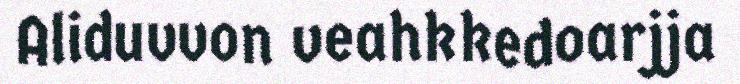
Aliduvvon veahkkedoarjja